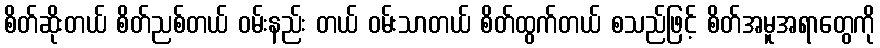
စိတ်ဆိုးတယ် စိတ်ညစ်တယ် ဝမ်းနည်း တယ် ဝမ်းသာတယ် စိတ်ထွက်တယ် စသည်ဖြင့် စိတ်အမူအရာတွေကို